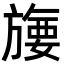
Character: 㫏